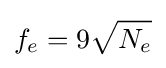
f_{e}=9{\sqrt {N_{e}}}